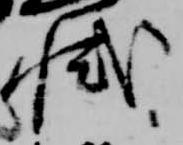
軾